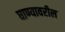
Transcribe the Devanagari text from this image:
घाण्यावरील